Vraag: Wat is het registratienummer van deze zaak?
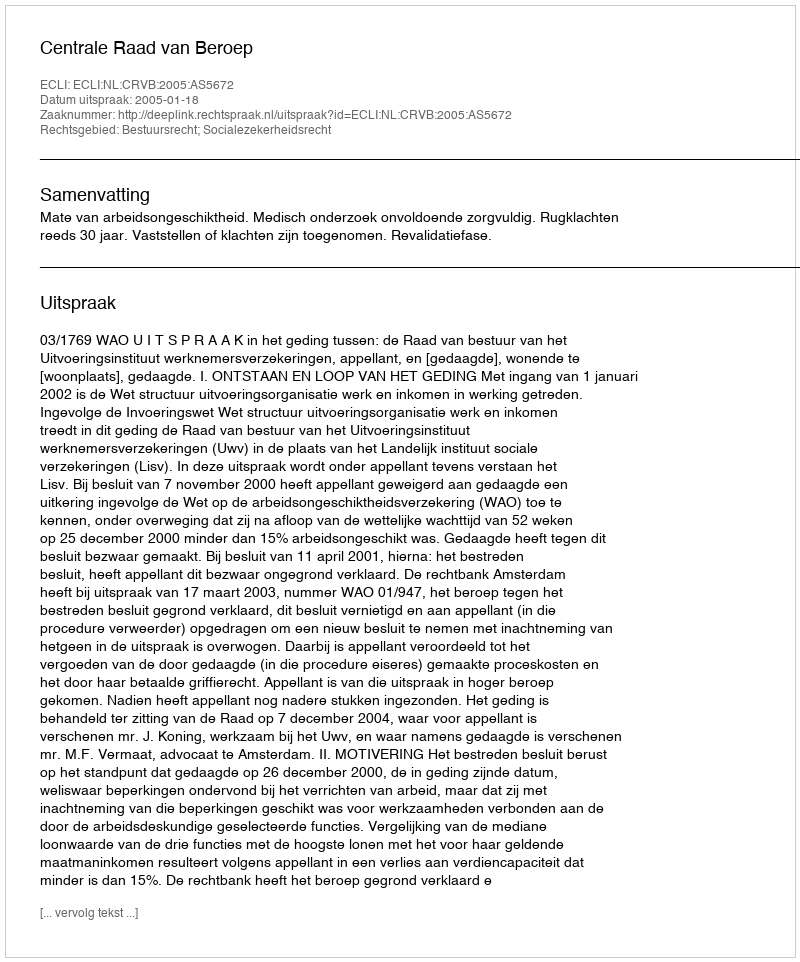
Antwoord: http://deeplink.rechtspraak.nl/uitspraak?id=ECLI:NL:CRVB:2005:AS5672